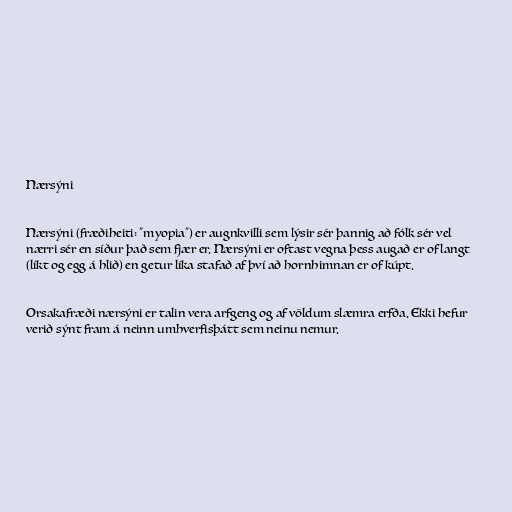
Nærsýni

Nærsýni (fræðiheiti: "myopia") er augnkvilli sem lýsir sér þannig að fólk sér vel
nærri sér en síður það sem fjær er. Nærsýni er oftast vegna þess augað er of langt
(líkt og egg á hlið) en getur líka stafað af því að hornhimnan er of kúpt.

Orsakafræði nærsýni er talin vera arfgeng og af völdum slæmra erfða. Ekki hefur
verið sýnt fram á neinn umhverfisþátt sem neinu nemur.